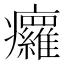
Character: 㿚